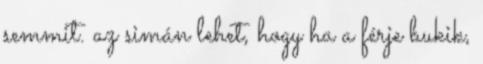
semmit. az simán lehet, hogy ha a férje bukik,